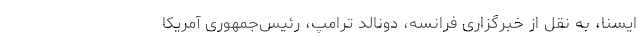
ایسنا، به نقل از خبرگزاری فرانسه، دونالد ترامپ، رئیس‌جمهوری آمریکا